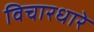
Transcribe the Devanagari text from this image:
विचारधारे